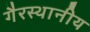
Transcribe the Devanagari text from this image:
गैरस्थानीय